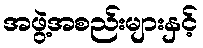
အဖွဲ့အစည်းများနှင့်